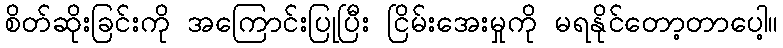
စိတ်ဆိုးခြင်းကို အကြောင်းပြုပြီး ငြိမ်းအေးမှုကို မရနိုင်တော့တာပေါ့။